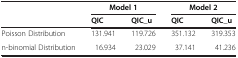
<table><thead><tr><td rowspan="2"><b> </b></td><td colspan="2"><b>Model 1</b></td><td colspan="2"><b>Model 2</b></td></tr><tr><td><b>QIC</b></td><td><b>QIC_u</b></td><td><b>QIC</b></td><td><b>QIC_u</b></td></tr></thead><tbody><tr><td>Poisson Distribution</td><td>131.941</td><td>119.726</td><td>351.132</td><td>319.353</td></tr><tr><td>n-binomial Distribution</td><td>16.934</td><td>23.029</td><td>37.141</td><td>41.236</td></tr></tbody></table>